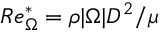
R e _ { \Omega } ^ { * } = \rho | \boldsymbol { \Omega } | D ^ { 2 } / \mu